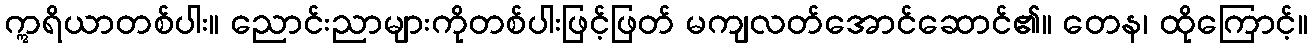
ဣရိယာတစ်ပါး။ ညောင်းညာများကိုတစ်ပါးဖြင့်ဖြတ် မကျလတ်အောင်ဆောင်၏။ တေန၊ ထိုကြောင့်။